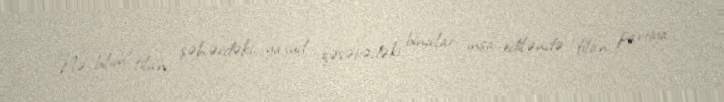
Nə bilim “filan şəhərdəki, yaxud qəsəbədəki binalar inşa ediləndə filan partiya